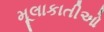
મૂલાકાતીઓ